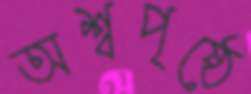
অশ্বপৃষ্ঠে